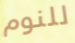
للنوم